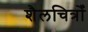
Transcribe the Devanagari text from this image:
शैलचित्रोँ